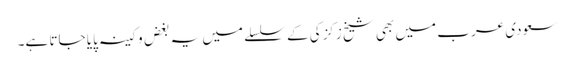
سعودی عرب میں بھی شیخ زکزکی کے سلسلے میں یہ بغض و کینہ پایا جاتا ہے۔